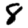
Digit: 8